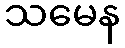
သမေန